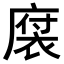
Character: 𪪠